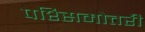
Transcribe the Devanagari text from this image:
पश्सिमोत्तरी